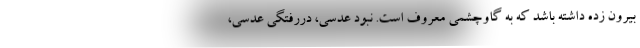
بیرون زده داشته باشد که به گاوچشمی معروف است. نبود عدسی، دررفتگی عدسی،